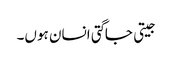
جیتی جاگتی انسان ہوں۔